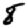
Digit: 8